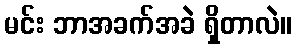
မင်း ဘာအခက်အခဲ ရှိတာလဲ။